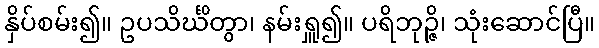
နှိပ်စမ်း၍။ ဥပသိင်္ဃိတွာ၊ နမ်းရှူ၍။ ပရိဘုဉ္ဇိ၊ သုံးဆောင်ပြီ။